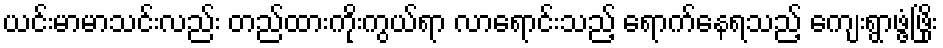
ယင်းမာမာသင်းလည်း တည်ထားကိုးကွယ်ရာ လာရောင်းသည့် ရောက်နေရသည့် ကျေးရွာဖွံ့ဖြိုး